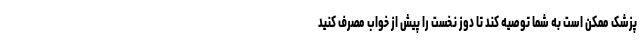
پزشک ممکن است به شما توصیه کند تا دوز نخست را پیش از خواب مصرف کنید